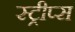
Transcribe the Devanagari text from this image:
स्ट्रीप्स